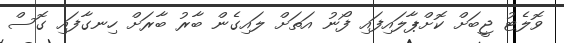
ވޮލެޓު ޖީބަށް ކޮށްޕާލައިފައި ފޯނު އަތަށް ލައިގެން ބާރު ބާރަށް ހިނގާފައި ގޮސް